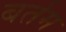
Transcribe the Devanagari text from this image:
बर्तम